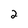
Character: 2